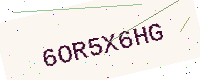
Text: 6OR5X6HG